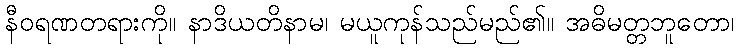
နီဝရဏတရားကို။ နာဒိယတိနာမ၊ မယူကုန်သည်မည်၏။ အဓိမတ္တဘူတော၊